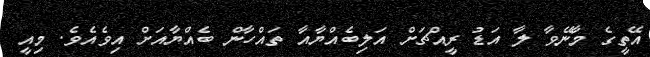
އޭތީގެ މާނޭވާ ލާ އަޑު ރީއްޗަށް އަލިބެއްޔާއާ ތައްހާން ބެއްޔާއަށް އިވެއެވެ. މިއީ